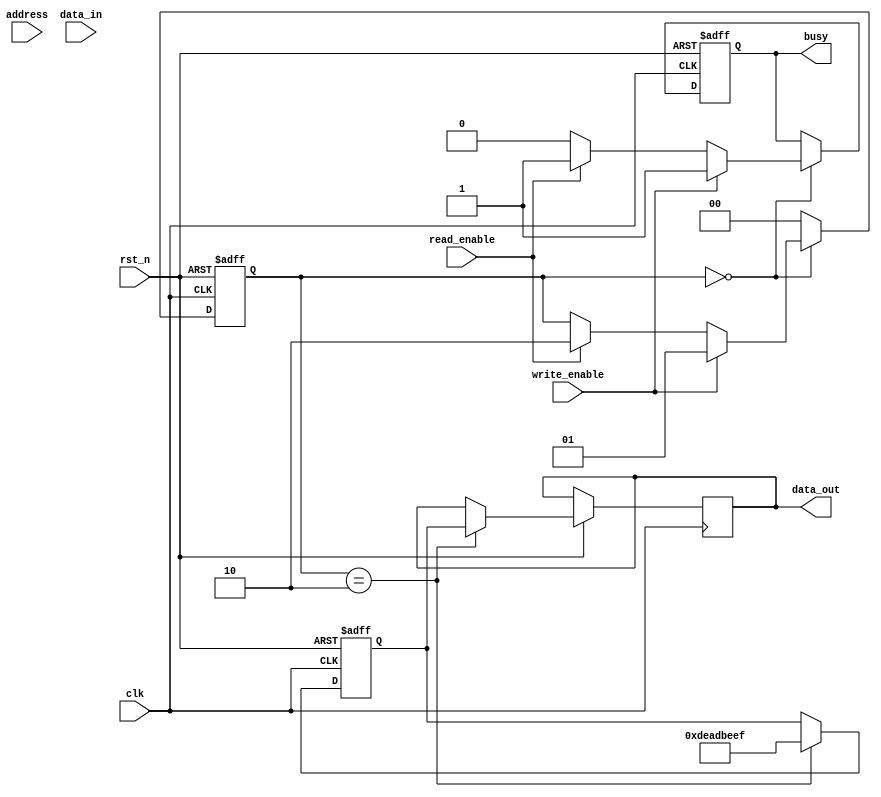
module IO_Block_3D_DRAM(
    input wire clk,                  // Clock signal
    input wire rst_n,                // Reset signal (active low)
    input wire [31:0] address,       // Address input
    input wire [63:0] data_in,       // Data input from memory controller
    input wire write_enable,          // Write enable signal
    input wire read_enable,           // Read enable signal
    output reg [63:0] data_out,       // Data output to memory controller
    output reg busy                   // Busy signal
);

// Parameters for memory dimensions
parameter NUM_LAYERS = 4;           // Number of memory layers
parameter NUM_BANKS = 8;             // Number of banks per layer
parameter DATA_WIDTH = 64;           // Data width
parameter ADDR_WIDTH = 32;           // Address width

// Internal signals
reg [DATA_WIDTH-1:0] input_buffer;  // Input buffer
reg [DATA_WIDTH-1:0] output_buffer; // Output buffer
reg [NUM_LAYERS-1:0] layer_select;   // Layer selection signal
reg [NUM_BANKS-1:0] bank_select;     // Bank selection signal
reg [1:0] state;                     // State machine variable

// State machine states
localparam IDLE = 2'b00;
localparam WRITE = 2'b01;
localparam READ = 2'b10;

// Address decoder
always @(*) begin
    layer_select = address[ADDR_WIDTH-1:ADDR_WIDTH-2]; // Example: upper bits for layer
    bank_select = address[ADDR_WIDTH-3:ADDR_WIDTH-6];  // Example: next bits for bank
end

// Control logic and data path
always @(posedge clk or negedge rst_n) begin
    if (!rst_n) begin
        state <= IDLE;
        busy <= 0;
        output_buffer <= 0;
        input_buffer <= 0;
    end else begin
        case (state)
            IDLE: begin
                busy <= 0;
                if (write_enable) begin
                    input_buffer <= data_in; // Capture data
                    state <= WRITE;
                    busy <= 1;
                end else if (read_enable) begin
                    state <= READ;
                    busy <= 1;
                end
            end

            WRITE: begin
                // Simulate write operation to memory cells (not implemented)
                // Here you would typically write input_buffer to the selected memory layer and bank
                state <= IDLE; // Return to IDLE after write
            end

            READ: begin
                // Simulate read operation from memory cells (not implemented)
                // Here you would typically read data from the selected memory layer and bank
                output_buffer <= 64'hDEADBEEF; // Placeholder for read data (replace with actual read)
                data_out <= output_buffer; // Send data to memory controller
                state <= IDLE; // Return to IDLE after read
            end
            
            default: state <= IDLE; // Default case
        endcase
    end
end

endmodule